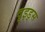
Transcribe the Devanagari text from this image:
दृइड्स